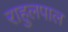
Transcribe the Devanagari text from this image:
राहुलपाल